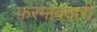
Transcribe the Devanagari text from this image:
फ़रमाबदारी